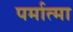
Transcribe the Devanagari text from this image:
पर्मात्मा